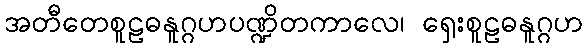
အတီတေစူဠဓနူဂ္ဂဟပဏ္ဍိတကာလေ၊ ရှေးစူဠဓနူဂ္ဂဟ